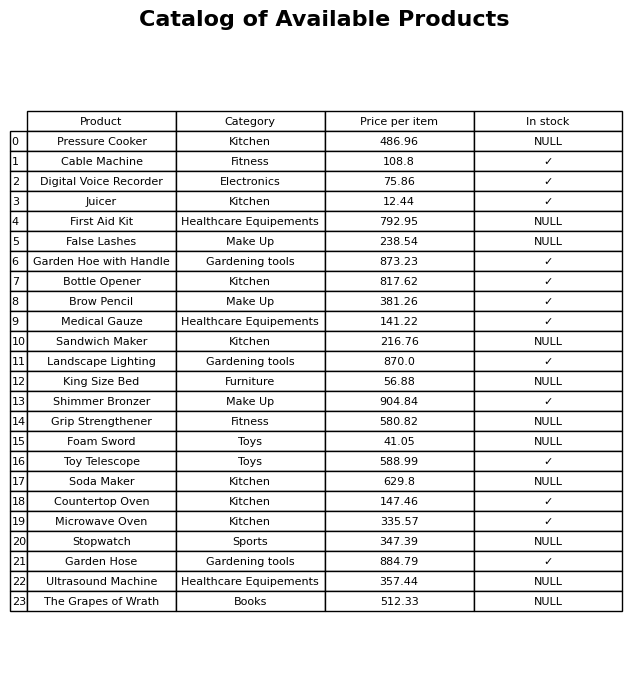
question: What category does the Stopwatch belong to?
answer: Sports